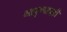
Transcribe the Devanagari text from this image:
आयुष्मानही